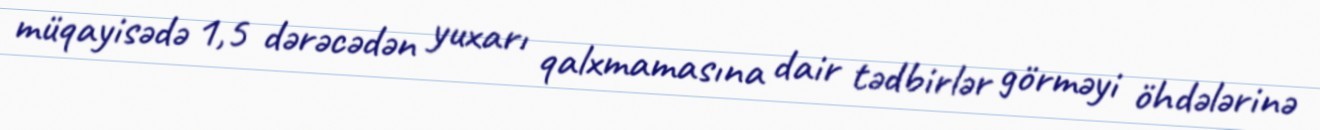
müqayisədə 1,5 dərəcədən yuxarı qalxmamasına dair tədbirlər görməyi öhdələrinə